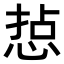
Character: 𢜋